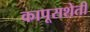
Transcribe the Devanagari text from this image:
कापूसशेती